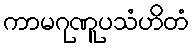
ကာမဂုဏူပသံဟိတံ